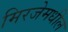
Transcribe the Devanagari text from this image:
मिरजेमधील